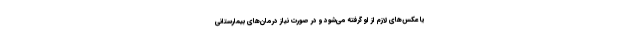
یا عکس‌های لازم از او گرفته می‌شود و در صورت نیاز درمان‌های بیمارستانی